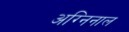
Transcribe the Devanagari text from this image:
अग्निनाल